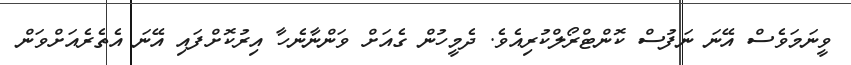
ވީނަމަވެސް އޭނަ ނަފުސް ކޮންޓްރޯލްކުރިއެވެ. ދެމީހުން ގެއަށް ވަންނާނެހާ އިރުކޮށްފައި އޭނަ އެތެރެއަށްވަން